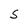
Character: S